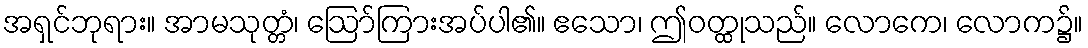
အရှင်ဘုရား။ အာမသုတ္တံ၊ ဩော်ကြားအပ်ပါ၏။ ဧသော၊ ဤဝတ္ထုသည်။ လောကေ၊ လောက၌။